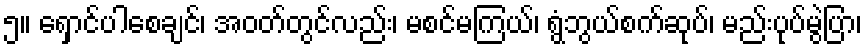
၅။ ရှောင်ပါစေချင်၊ အဝတ်တွင်လည်း၊ မစင်မကြယ်၊ ရွံဘွယ်စက်ဆုပ်၊ မည်းပုပ်မွဲပြာ၊